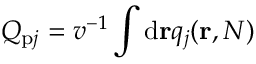
Q _ { \mathrm { p } j } = v ^ { - 1 } \int \mathrm { d } { \mathbf { r } } q _ { j } ( \mathbf { r } , N )